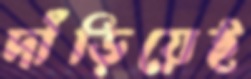
দাঁড়িয়েই